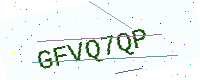
Text: GFVQ7QP